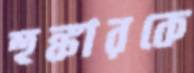
হুঙ্কারকে